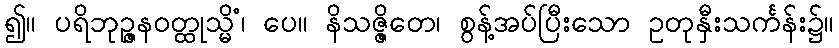
၍။ ပရိဘုဉ္ဇနဝတ္ထုသ္မိံ၊ ပေ။ နိသဇ္ဇိတေ၊ စွန့်အပ်ပြီးသော ဥတုနှီးသင်္ကန်း၌။